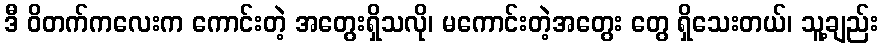
ဒီ ဝိတက်ကလေးက ကောင်းတဲ့ အတွေးရှိသလို၊ မကောင်းတဲ့အတွေး တွေ ရှိသေးတယ်၊ သူ့ချည်း